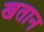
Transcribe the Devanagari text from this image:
खतान